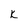
Character: k